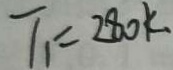
T _ { 1 } = 2 8 0 k